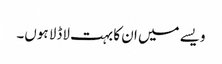
ویسے میں ان کا بہت لاڈلا ہوں۔